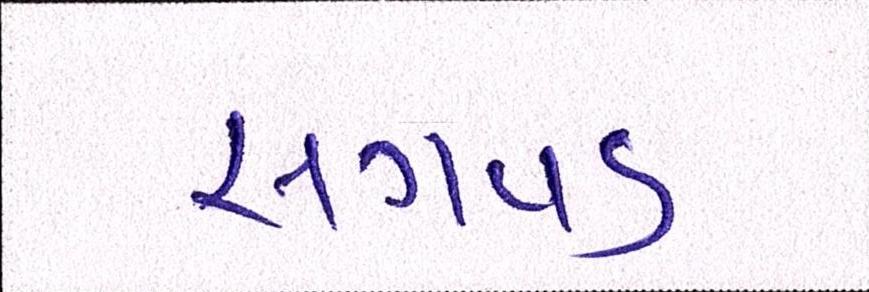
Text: સગવડ